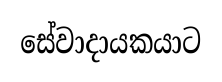
සේවාදායකයාට